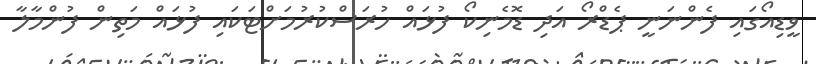
ވީޑިއޯގައި ފެންނަނީ ޕެޑްރޯ އަދި ޑޮމެނިކޯ ފުޅައް ހުރަސްކުރުމަށްޓަކައި ފުޅައް މަތިން ފުންމާލާ